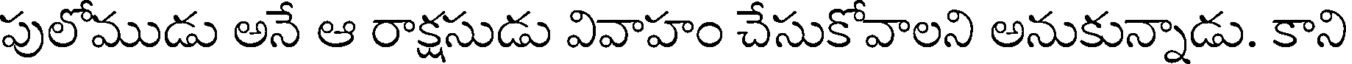
పులోముడు అనే ఆ రాక్షసుడు వివాహం చేసుకోవాలని అనుకున్నాడు. కాని